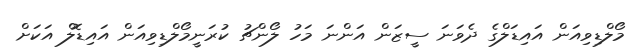
މޯލްޑިވިއަން އައިޑަލްގެ ދެވަނަ ސީޒަން އަންނަ މަހު ލޯންޗު ކުރަނީމޯލްޑިވިއަން އައިޑޮލް އަކަށް